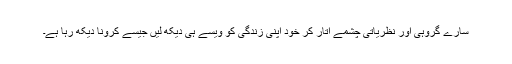
سارے گروہی اور نظریاتی چشمے اتار کر خود اپنی زندگی کو ویسے ہی دیکھ لیں جیسے کرونا دیکھ رہا ہے۔